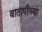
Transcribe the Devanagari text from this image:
वातापीच्या